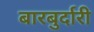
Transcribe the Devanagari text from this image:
बारबुर्दारी